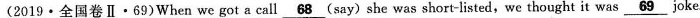
(2019·全国卷Ⅱ·69)When we got a call \underline{68}(say)she was short-listed, we thought it was \underline{69 } joke.